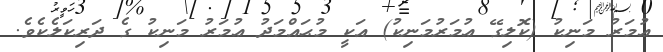
ޢުމަރު މަނިކު (ކޮލިގޭ ޢުމަރުމަނިކު) އަކީ މުޙައްމަދު ޢުމަރު މަނިކު ގެ ދަރިކަލެކެވެ.